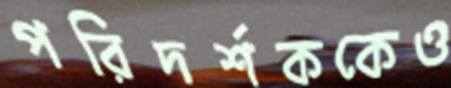
পরিদর্শককেও